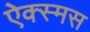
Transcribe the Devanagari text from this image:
ऐक्स्मस